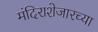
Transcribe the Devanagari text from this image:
मंदिराशेजारच्या